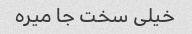
خیلی سخت جا میره